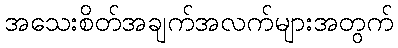
အသေးစိတ်အချက်အလက်များအတွက်